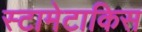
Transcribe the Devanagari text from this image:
स्टामेटाकिस